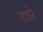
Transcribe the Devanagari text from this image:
ल्हरे